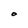
Character: O